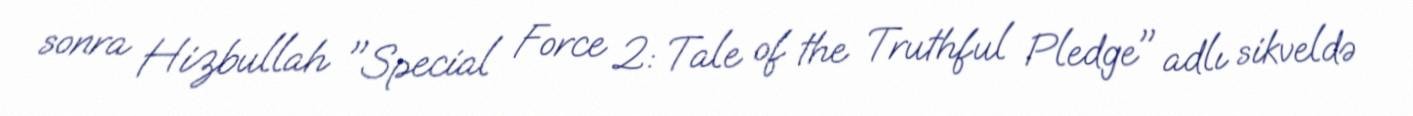
sonra Hizbullah "Special Force 2: Tale of the Truthful Pledge" adlı sikveldə